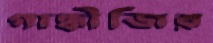
গান্ধীজির